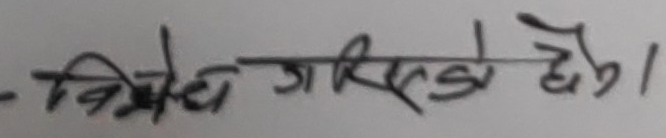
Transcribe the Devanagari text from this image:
विरोध गरिएको ।